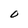
Character: O